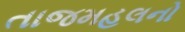
તાજમહલનો